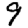
Digit: 9